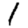
Digit: 1